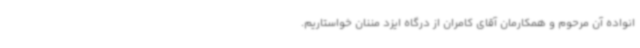
انواده آن مرحوم و همکارمان آقای کامران از درگاه ایزد مننان خواستاریم.